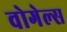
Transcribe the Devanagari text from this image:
वोगेल्स